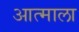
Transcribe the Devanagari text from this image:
आत्माला